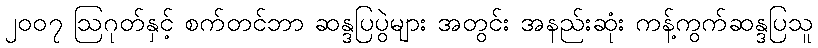
၂၀၀၇ ဩဂုတ်နှင့် စက်တင်ဘာ ဆန္ဒပြပွဲများ အတွင်း အနည်းဆုံး ကန့်ကွက်ဆန္ဒပြသူ